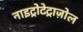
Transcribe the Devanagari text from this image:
नाइट्रोटेट्राज़ोल